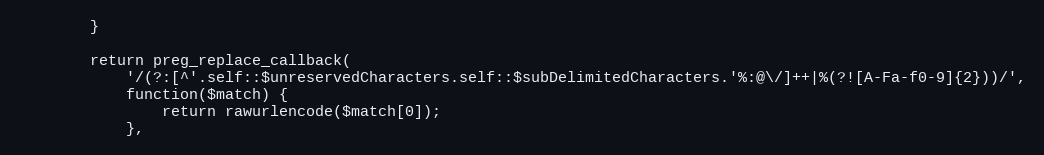
Language: PHP
        }

        return preg_replace_callback(
            '/(?:[^'.self::$unreservedCharacters.self::$subDelimitedCharacters.'%:@\/]++|%(?![A-Fa-f0-9]{2}))/',
            function($match) {
                return rawurlencode($match[0]);
            },